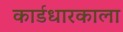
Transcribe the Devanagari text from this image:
कार्डधारकाला